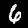
Digit: 6